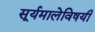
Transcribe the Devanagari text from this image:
सूर्यमालेविषयी